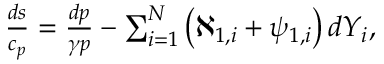
\begin{array} { r } { \frac { d s } { c _ { p } } = \frac { d p } { \gamma p } - \sum _ { i = 1 } ^ { N } \left( \aleph _ { 1 , i } + \psi _ { 1 , i } \right) d Y _ { i } , } \end{array}